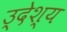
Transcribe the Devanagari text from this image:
उ्देश्य